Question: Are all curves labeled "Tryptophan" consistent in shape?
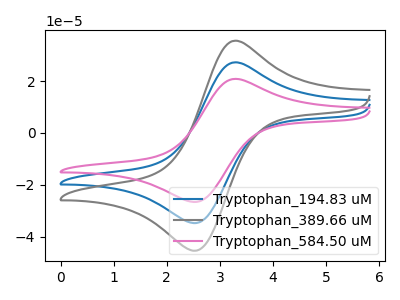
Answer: <think>The blue curve "Tryptophan_194.83 uM" has an anodic peak at (3.25V, 27.10uA) and a cathodic peak at (2.55V, -34.80uA). The gray curve "Tryptophan_389.66 uM" has an anodic peak at (3.25V, 35.40uA) and a cathodic peak at (2.55V, -45.45uA). The pink curve "Tryptophan_584.50 uM" has an anodic peak at (3.25V, 54.20uA) and a cathodic peak at (2.55V, -69.60uA).
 All the peaks in "Tryptophan_194.83 uM" have a peak in "Tryptophan_389.66 uM" at the same potential. Every peak in "Tryptophan_194.83 uM" is lower than every peak in "Tryptophan_389.66 uM". All the peaks in "Tryptophan_194.83 uM" have a peak in "Tryptophan_584.50 uM" at the same potential. Every peak in "Tryptophan_194.83 uM" is lower than every peak in "Tryptophan_584.50 uM". All the peaks in "Tryptophan_389.66 uM" have a peak in "Tryptophan_584.50 uM" at the same potential. Every peak in "Tryptophan_389.66 uM" is lower than every peak in "Tryptophan_584.50 uM".</think>
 <answer>All the CV's of "Tryptophan" have similar shape.</answer>
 <eval>follow_rule</eval>